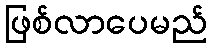
ဖြစ်လာပေမည်